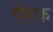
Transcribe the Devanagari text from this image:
ऐहक